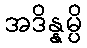
အဒိန္နမ္ပိ